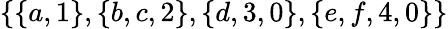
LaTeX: \{ \{ a,1\} ,\{ b,c,2\} ,\{ d,3,0\} ,\{ e,f,4,0\} \}